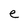
Character: e